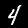
Label: 4